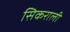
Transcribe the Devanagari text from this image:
सिकराली